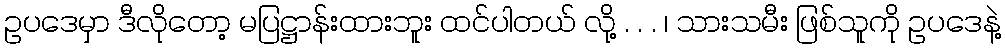
ဥပဒေမှာ ဒီလိုတော့ မပြဋ္ဌာန်းထားဘူး ထင်ပါတယ် လို့ . . . ၊ သားသမီး ဖြစ်သူကို ဥပဒေနဲ့